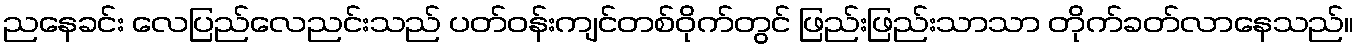
ညနေခင်း လေပြည်လေညင်းသည် ပတ်ဝန်းကျင်တစ်ဝိုက်တွင် ဖြည်းဖြည်းသာသာ တိုက်ခတ်လာနေသည်။